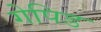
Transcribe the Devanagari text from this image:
गेपिड